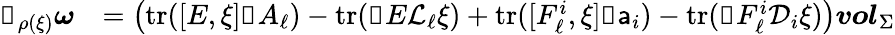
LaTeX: \begin{array}{rl}{\mathbb{i}_{\rho(\xi)}\boldsymbol{\omega}}&{=\big(\mathrm{tr}([E,\xi]\mathbb{d}A_{\ell})-\mathrm{tr}(\mathbb{d}E\mathcal{L}_{\ell}\xi)+\mathrm{tr}([F_{\ell}^{i},\xi]\mathbb{d}{\mathsf{a}}_{i})-\mathrm{tr}(\mathbb{d}F_{\ell}^{i}\mathcal{D}_{i}\xi)\big){\boldsymbol{vol}}_{\Sigma}}\end{array}